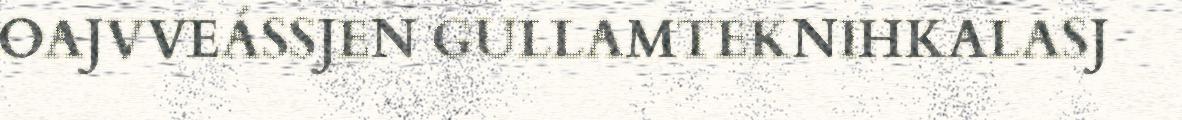
OAJVVEÁSSJEN GULLAMTEKNIHKALASJ